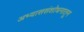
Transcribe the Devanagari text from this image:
अभ्याससंशोधनातून